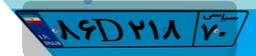
۸۶D۲۱۸۷۰